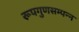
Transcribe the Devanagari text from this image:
रूपगुणसम्पन्न